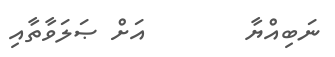
ނަބިއްޔާ        އަށް ޞަލަވާތާއި